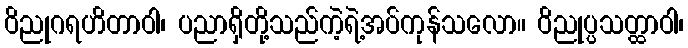
ဝိညုဂရဟိတာဝါ၊ ပညာရှိတို့သည်ကဲ့ရဲ့အပ်ကုန်သလော။ ဝိညုပ္ပသတ္ထာဝါ၊